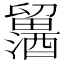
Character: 𲆾